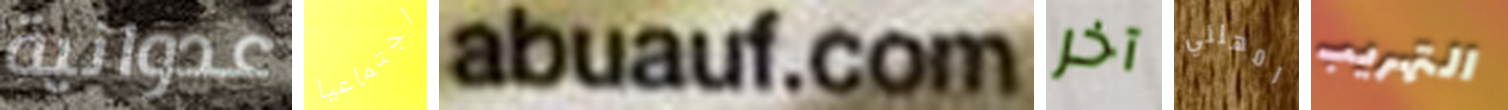
عدوانية اجتماعيا abuauf.com آخر امهلني التهريب